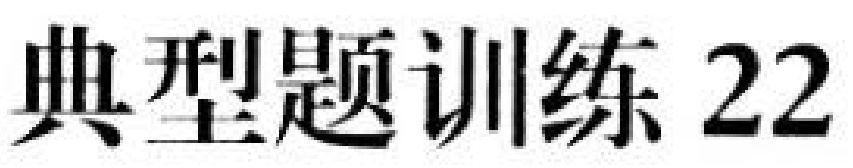
典型题训练 22